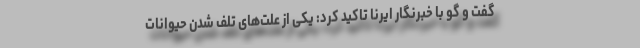
گفت و گو با خبرنگار ایرنا تاکید کرد: یکی از علت‌های تلف شدن حیوانات